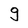
Character: 9